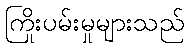
ကြိုးပမ်းမှုများသည်